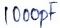
Text: 1000pF